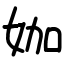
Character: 㚳